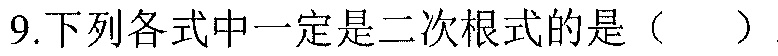
9.下列各式中一定是二次根式的是（  ）